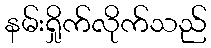
နမ်းရှိုက်လိုက်သည်